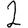
Digit: 2